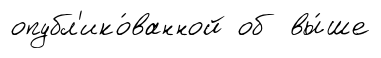
опубл'ико́ванной об вы́ше